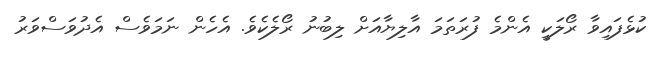
ކުޅެފައިވާ ރޯލަކީ އެންމެ ފުރަތަމަ އާލިޔާއަށް ލިބުނު ރޯލެކެވެ. އެހެން ނަމަވެސް އެދުވަސްވަރު